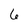
Character: 6